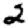
Digit: 2